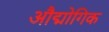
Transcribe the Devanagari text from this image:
औद्मोगिक